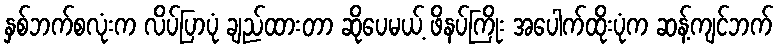
နှစ်ဘက်စလုံးက လိပ်ပြာပုံ ချည်ထားတာ ဆိုပေမယ့် ဖိနပ်ကြိုး အပေါက်ထိုးပုံက ဆန့်ကျင်ဘက်